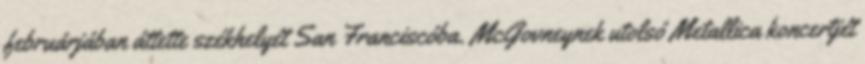
februárjában áttette székhelyét San Franciscóba. McGovneynek utolsó Metallica koncertjét